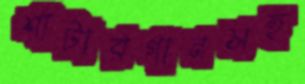
শাটারগানসহ